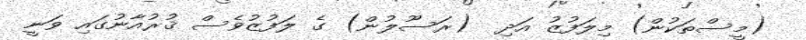
(މީސްތަކުން) މިލަފުޒު އަދި  (ރަސޫލުން) ގެ ލަފުޒުވެސް ޤުރުއާނުގައި ވަނީ